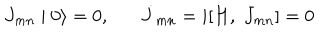
J _ { m n } \mid 0 \rangle = 0 , \dot { J } _ { m n } = i [ H , \; J _ { m n } ] = 0